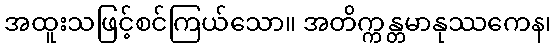
အထူးသဖြင့်စင်ကြယ်သော။ အတိက္ကန္တမာနုဿကေန၊